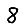
Digit: 8